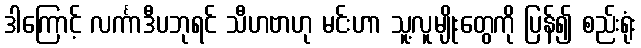
ဒါကြောင့် လင်္ကာဒီပဘုရင် သီဟဗာဟု မင်းဟာ သူ့လူမျိုးတွေကို ပြန်၍ စည်းရုံး